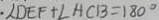
\angle D E F + \angle A C B = 1 8 0 ^ { \circ }